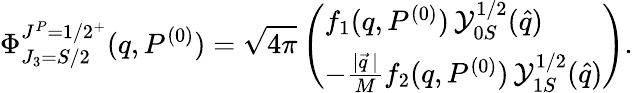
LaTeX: \Phi_{J_{3}=S/2}^{J^{P}=1/2^{+}}(q,P^{(0)})=\sqrt{4\pi}\left(\begin{array}{l}{{f_{1}(q,P^{(0)})\, {\cal Y}_{0S}^{1/2}(\hat{q})}}\\ {{-\frac{|\vec{q}\, |}{M}f_{2}(q,P^{(0)})\, {\cal Y}_{1S}^{1/2}(\hat{q})}}\end{array}\right).